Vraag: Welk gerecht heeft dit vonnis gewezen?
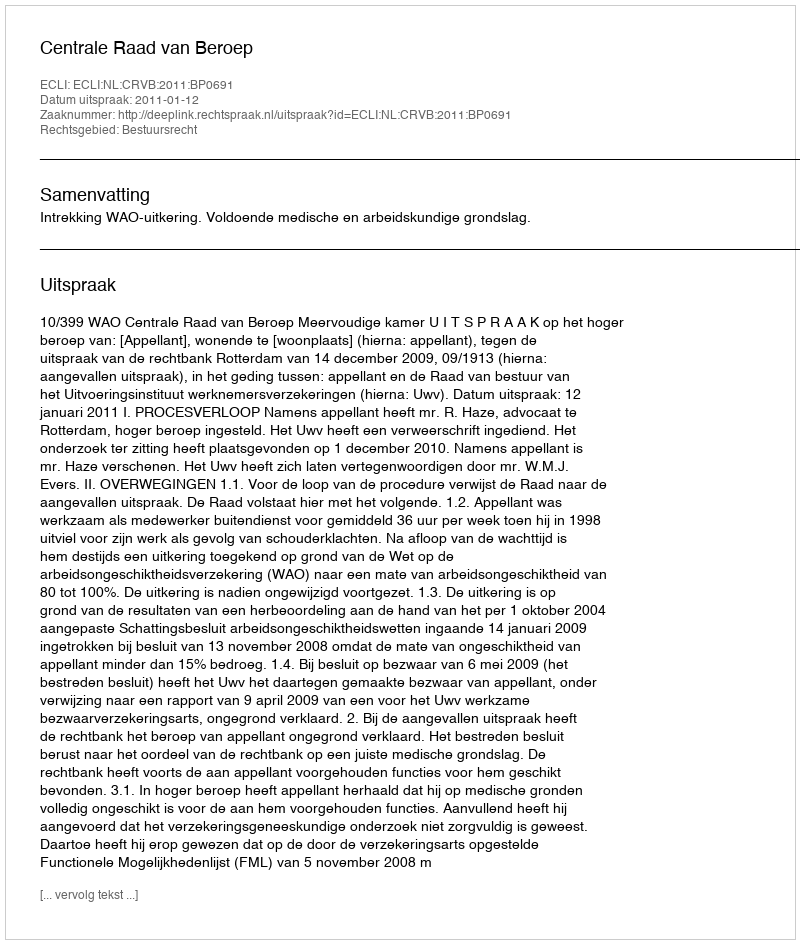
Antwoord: Centrale Raad van Beroep